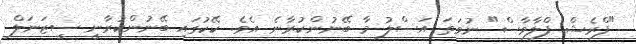
"ފްރެޝް ފްލާވާސް" ނުވަތަ އަސްލު މާ ބޭނުންކުރާނެ އެވެ. ކޭކުގައި ބޭނުންކުރާނީ ސީޒަނަލް